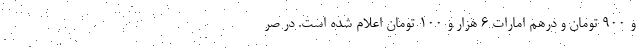
و 900 تومان و درهم امارات 6 هزار و 100 تومان اعلام شده است. در صر